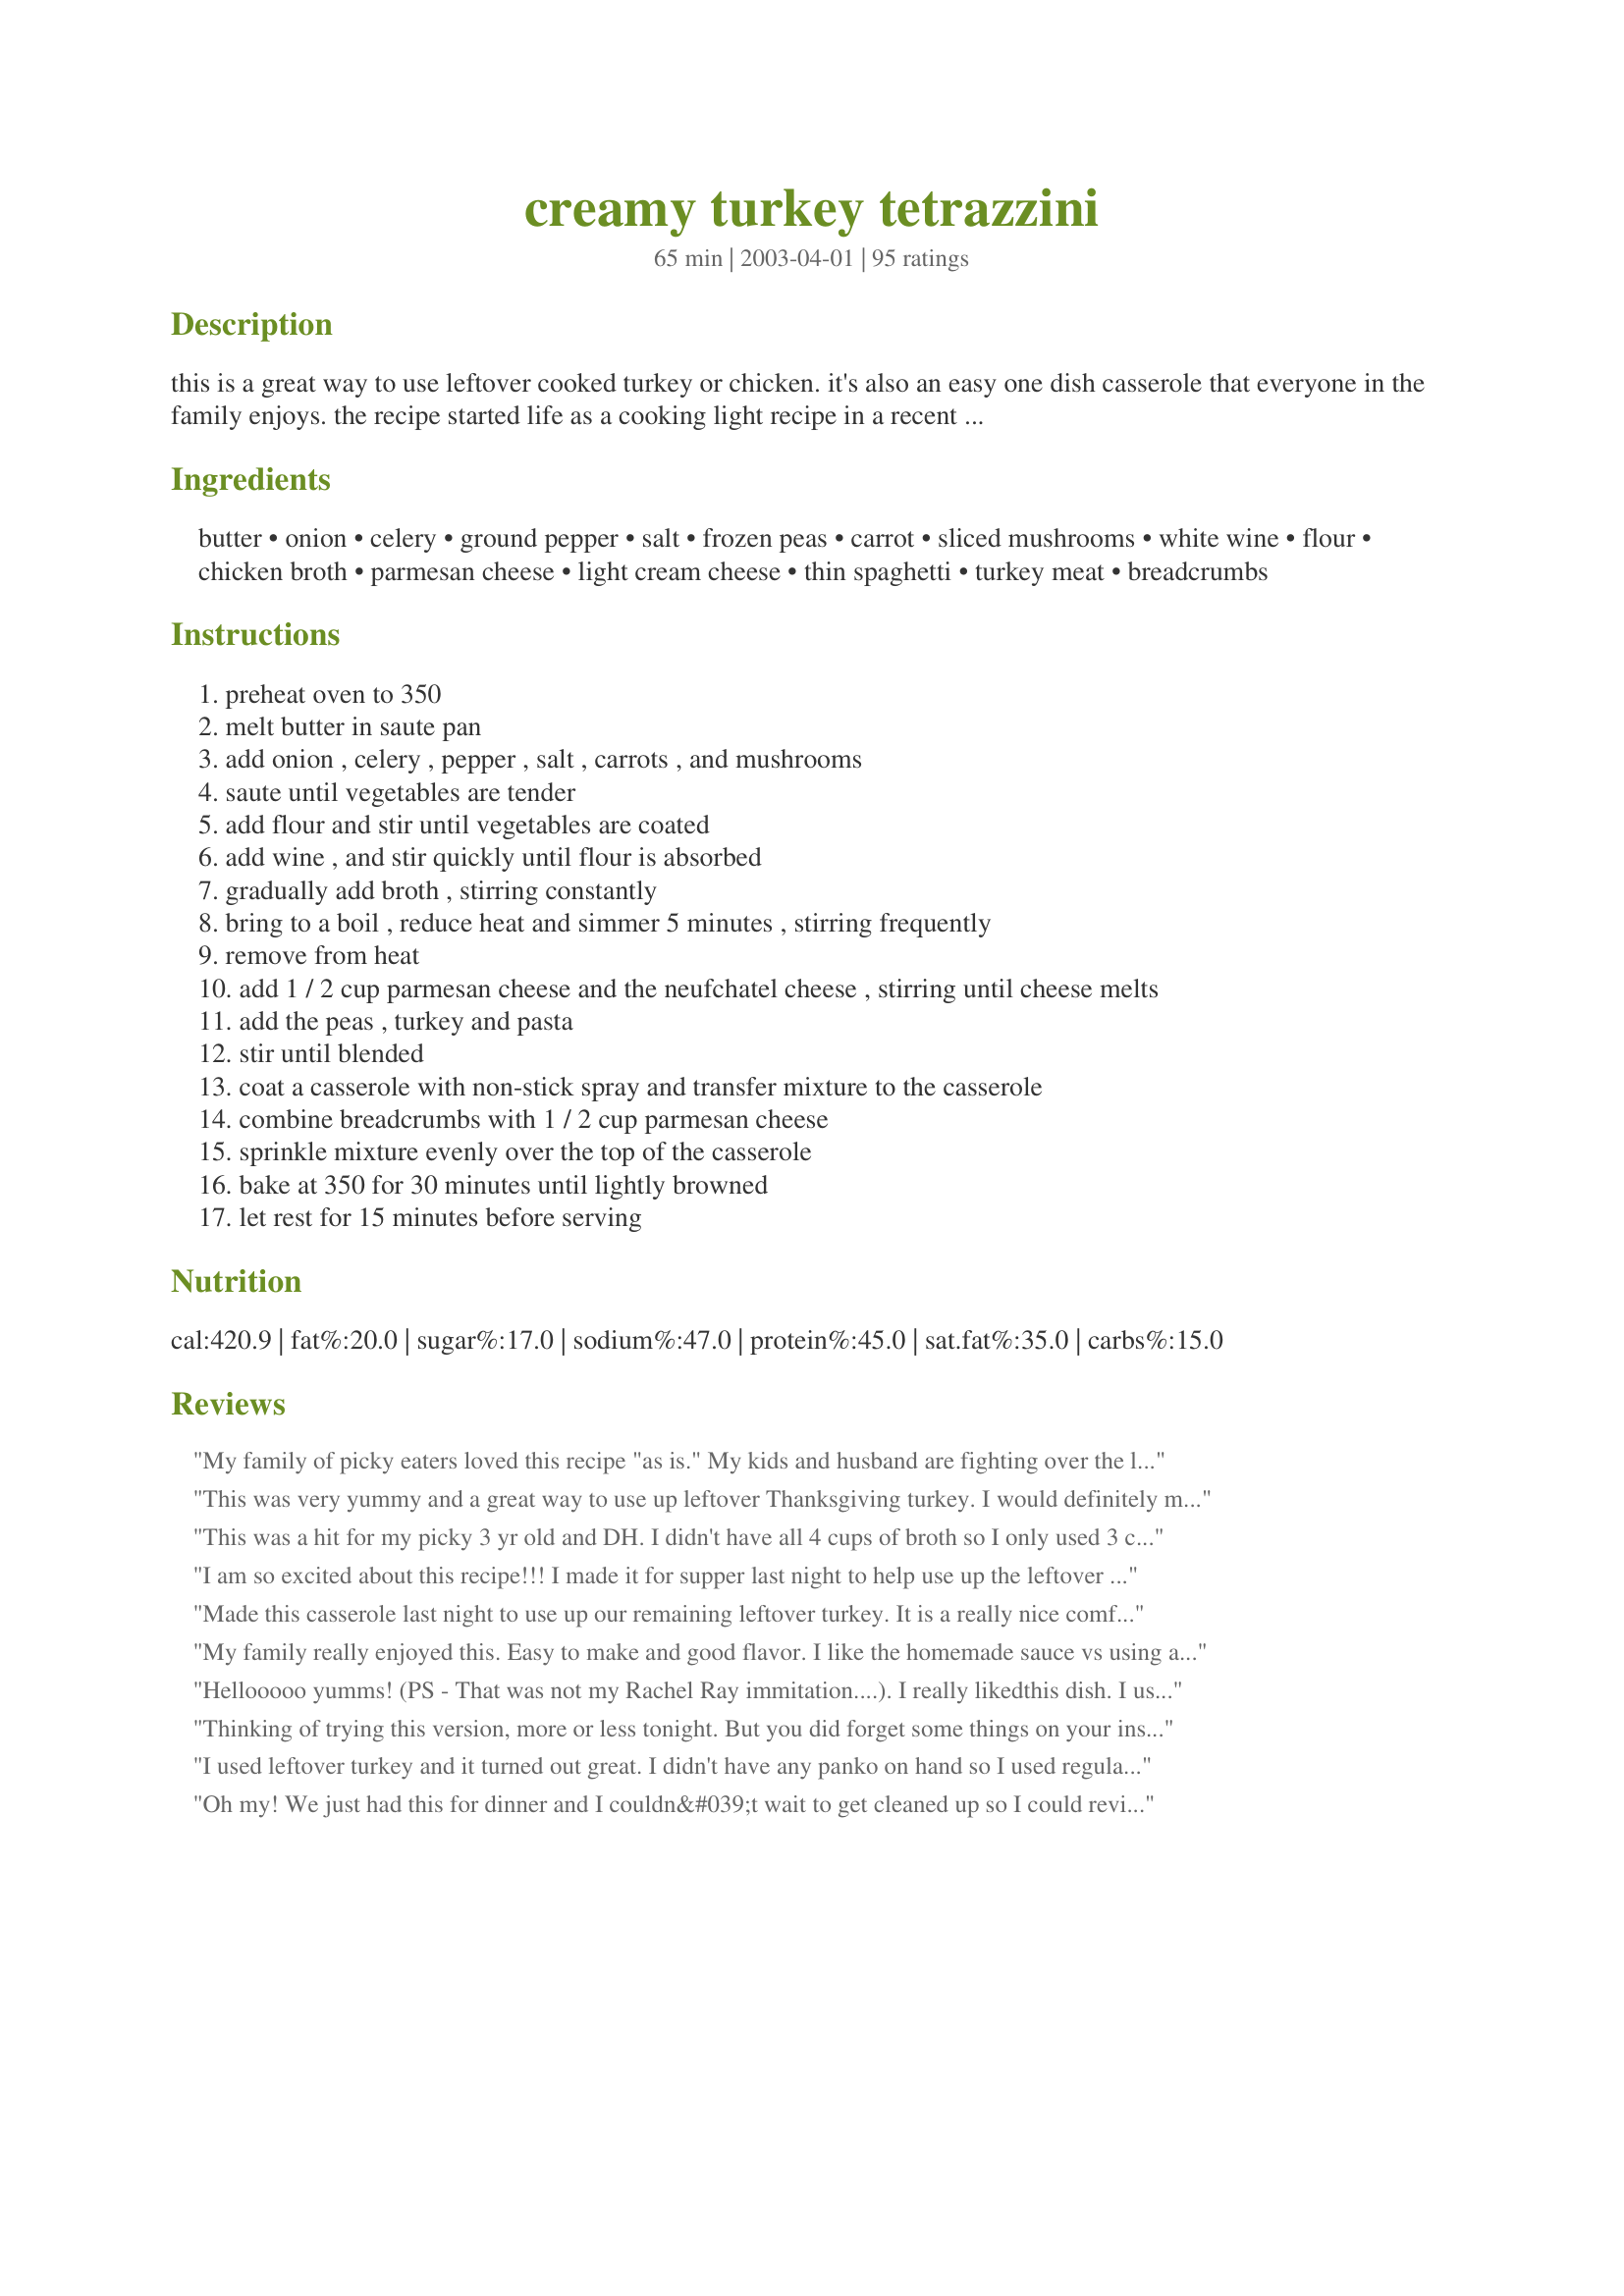
creamy turkey tetrazzini
Preparation time: 65 minutes

this is a great way to use leftover cooked turkey or chicken. it's also an easy one dish casserole that everyone in the family enjoys. the recipe started life as a cooking light recipe in a recent issue. i made modifications to suit our taste.

Ingredients:
butter, onion, celery, ground pepper, salt, frozen peas, carrot, sliced mushrooms, white wine, flour, chicken broth, parmesan cheese, light cream cheese, thin spaghetti, turkey meat, breadcrumbs

Steps:
preheat oven to 350
melt butter in saute pan
add onion , celery , pepper , salt , carrots , and mushrooms
saute until vegetables are tender
add flour and stir until vegetables are coated
add wine , and stir quickly until flour is absorbed
gradually add broth , stirring constantly
bring to a boil , reduce heat and simmer 5 minutes , stirring frequently
remove from heat
add 1 / 2 cup parmesan cheese and the neufchatel cheese , stirring until cheese melts
add the peas , turkey and pasta
stir until blended
coat a casserole with non-stick spray and transfer mixture to the casserole
combine breadcrumbs with 1 / 2 cup parmesan cheese
sprinkle mixture evenly over the top of the casserole
bake at 350 for 30 minutes until lightly browned
let rest for 15 minutes before serving

Reviews:
My family of picky eaters loved this recipe "as is." My kids and husband are fighting over the leftovers.
This was very yummy and a great way to use up leftover Thanksgiving turkey. I would definitely make again.
This was a hit for my picky 3 yr old and DH. I didn't have all 4 cups of broth so I only used 3 cups - still tasty but too thick so next time I will use 4 cups of liquid. Didn't have panko so used Chex cereal instead. Very tasty!
I am so excited about this recipe!!! I made it for supper last night to help use up the leftover turkey and my husband loved it!! He is a very pickey eater and he requested the leftovers for supper again tonight!! I asked him how many stars he would give it and he said "10 at least" Thank you for this wonderful addition to my collection!! Shortie
Made this casserole last night to use up our remaining leftover turkey. It is a really nice comfort food casserole and it&#039;s easy to make. Loved the bread crumb topping -- it really adds a nice flavor. This casserole makes quite a bit, sooo I&#039;m looking forward to some yummy leftovers.
My family really enjoyed this. Easy to make and good flavor. I like the homemade sauce vs using a canned cream soup.
Hellooooo yumms! (PS - That was not my Rachel Ray immitation....). I really likedthis dish. I used baby bella mushrooms for some added depth and sherry. I am obsessed with panko breadcrumbs, and here they added a perfect texture. I didn't have thin spaghetti, but used my homemade fresh stuff, which was part whole wheat and I thought it was great!
Thinking of trying this version, more or less tonight. But you did forget some things on your instructions. First and foremost, you forgot to add when to start / cook the spaghetti and for how long. Mushrooms should never be optional unless there's allergies involved. You mentioned Neufchatel cheese in your recipe, but it wasn't included in your ingredients unless that was your 4 oz light cream cheese. For the turkey meat do you prefer white or dark?
I used leftover turkey and it turned out great. I didn't have any panko on hand so I used regular bread crumbs. Still good but panko would have been so much better. I think I will add some more parmesan cheese next time, but I'm a cheesaholic:)
Oh my! We just had this for dinner and I couldn&#039;t wait to get cleaned up so I could review! The flavors are just incredible . The prep is long (or have I gotten lazy) but the payoff is worth it. I used 4 small carrots, 2 1/2 cups of turkey meat, and probably 1 1/2 C. of peas and it was still plenty of sauce. At dinner we talked about making this again and putting biscuits on top, something like a pot pie. Like others, I am happy to take the extra steps to avoid the &quot;cream of&quot; soup. Thanks for a wonderful recipe!
So good! The only thing I left out was the mushrooms, and that was just because I did not have any on hand. Will definitely make sure I have them next time.
I had so much leftover Thanksgiving turkey this year didn't know what to do and wanted something more than just soup. I found this turkey recipe and knew this was the one. I had pretty much all I needed except some of the veggies and mushrooms. Once you got started it pretty much fell right into place fairly quickly. Another thing that sold me was the fact that it doesn't use any cream soups in the recipe not that there is anything wrong with cream soups but this way you're making the sauce yourself. I was going to replace the white wine with white grape juice don't ask me why but kind of glad I didn't after all. Still have some turkey left but this one was a real winner thank you for a great Saturday night supper.
Everyone at dinner raved about this but I was a bit disappointed. I found the broth flavor a little overpowering and would cut back on that next time.
I used to have a great turkey tetrazini recipe that has been lost, so had to find another. I only make Tetrazini recipes with sherry and without canned soups. This recipe is an absolute winner. My new "go to". Will cherish it.<br/>Thanks so much for already tweaking the recipe to such perfection. I added a bit more sherry (to taste) but your refinement work on this is a masterpeice. Thanks so much for sharing!
I made double the amount of the recipe for my first time and used white wine. My mother and I loved it. I plan to serve the remainder for Sunday&#039;s meal today. Thisl will probably become my regular turkey leftover meal other than a turkey sandwhich. Thank you.
My husband and sons asked me to make this with our leftover Thanksgiving turkey. I omitted the mushrooms and peas because I didn&#039;t have them but used celery and red onion cause I had one cut up. Angel hair pasta worked well and I added 1/4 cup sherry and 1/4 cup white wine this time. I used 2 cups chicken broth and used my gravy as a sub for the last cup or broth since I had it and I didn&#039;t need it any longer. I used Panko crumbs. Thanks for the recipe!
I'm preparing as of right now, and I noticed you don't say the recipe at what point you added the pasta?
I would have liked a cheesier taste, and I think I put in too much celery.
Awesome recipe. I tweaked it just a little (as I always do), but the base recipe is a great start.
I didn&#039;t have cream cheese, so I substituted sour cream for the cream cheese and cream. I also used French fried onions instead of regular onions.
It was a hit!

Thanks so much. ;o)
Do you have to use wine or sherry. Allergies
Can i do this in a crockpot?
Great recipe. I hate soup in recipes! Used whole grain pasta. Put onion, garlic, 3 carrot and mushrooms in cuisinart. Then proceeded with recipe. During boil with floured veg, I added broccoli florets. No peas. Use a high quality parm shred. It will make a lot of difference!
A really delicious way to use up leftovers. It took me a little longer than expected, about 2 hours, and I was a little worried by the soupy texture before putting it in the oven but it turned out great! I added a few additional things - red bell peppers and thyme with the veggie mixture, about 1/4 cup hot sauce for some heat, and also sprinkled paprika over the cheese/breadcrumb mixture for an additional kick. Came out creamy and complex-tasting - yum! Thanks for the recipe!
The perfect Thanksgiving leftover meal! My 9yo and 7yo boys never loved a casserole until this one. We will remake often!
Followed the recipe to a &quot;t&quot; and it was sooo good! Used Thanksgiving left over meat, broth, prepped veggies and dry sherry. Husband is NOT a fan of these types of casseroles but devoured this one in short order. Thank you PanNan! Will find more excuses to cook turkey more often.
Because of your recipe my husband is accusing me of trying to poison him 19 years ago. You see I once made Turkey Tetrazzini shortly before we got married and that meal is still infamous. He said he liked it, but I didn't so I never made it again. However about 10 years later, he told me it was horrid. So when I finally got up the nerve to try your recipe I didn't tell him what it was until after he said he liked it. He insisted that either this wasn't turkey tetrazzini or I must have been trying to poison him years ago.

I made the recipe as written, using sherry instead of white wine and using mushrooms. This is definitely a keeper. Thanks for helping me rehabilitate my reputation. hehehe
Very easy & quick dish for a busy night. I will use less cream cheese next time & sherry instead of white wine.
Great way to use up some of that leftover turkey. I did use linguine in place of the thin spaghetti as thats all I had on hand, other then that I followed your recipe exactly. It tasted great and my DH even said it tasted better then he thought it would have. Thanks for a keeper PanNan....
This was a great way to use leftovers from Thanksgiving! I had the onion, celery and carrots leftover, I used leftover turkey, homemade broth I just made from my turkey carcass, some wine (also leftover) and leftover stuffing in place of the breadcrumbs on top. Yum! Thanks!
I didn't put the cheese in nor did I use the breadcrumbs and it turned out great! I let the "pot" simmer with the pasta until the sauce was absorbed and then served it "as is". I omitted the carrots and peas, but added the mushrooms and it was tasty. So easy!
Thank you for posting. I made this last night with leftover Xmas turkey. It was really good, the kiddos ate it as well!
Thanks again,
Wonderful! I had no cream cheese so used about a cup of low-fat ricotta. I absolutely used the mushrooms! With a salad, it makes a yummy, easy meal. I think it&#039;s become our post-Thanksgiving comfort food!
I just finished mine and it totally Delious....OMG!!! SO GOOD!! I mixed a little Asiago cheese with the topping.
This was rather good, and an excellent use of holiday leftovers. I think the sherry and the cream cheese really made this special. Easy, clear instructions, and very tasty. I have enough for 8 servings.
I made this gluten free by using gf penne and cassava flour. I undercooked the gluten-free noodles at seven minutes this works well. I also use the cassava flour successfully.
Never made turkey tetrazzini before, but this was delicious! Perfect for the (frozen) Thanksgiving leftovers. Didn't change anything, and did use the mushrooms.
Great recipe! Was wonderful to use up the turkey leftovers. Didn't have mushrooms or cream cheese, but would definitely like to try them. I substituted laughing cow light swiss and some grated cheddar. Also doubled the veggies and added green bell pepper. My husband liked it too!
I admit, I had ulterior motives for making this. DH was in the doghouse and I decided that I wanted Turkey Tetrazzini. I've never made it before b/c he doesn't like it but since he was in the doghouse... pfffft on him! I added canned mushrooms including the juice, used red wine (merlot) instead of white because that's what I had. I also added a bit of dijon mustard to the simmering sauce. It was incredibly easy to make and even dh said it was OK. Coming from him, that means it was pretty good. I liked it alot. I think I will have to wait til he's in the doghouse again to make it, but it's definitely a good recipe. It was nice to find one that doesn't use cream soup.
My family raved about it! Delicious! They wanted it again 2 nights later! Zipped it up a bit with some diced chiles this time!
This is so, so good! I could eat the leftovers for every meal for days and not be sick of it. It's a great use for leftover poultry and very easy. I liked how clear the instructions are.

I didn't have any light cream cheese and used 3 oz. regular cream cheese instead.

I also increased the amounts on all of the veggies to about 1 cup each (didn't use mushrooms at all). I shredded the carrots and added them at the same times as the peas and turkey.

The casserole was a bit thinner than I usually like and I think it was because of the extra veggies so next time, I will reduce the broth by about 1/2 cup. I will also make it with light cc and see how it turns out. I'm sure it will be great.
Awesome recipe!! I just substituted with 100% whole wheat pasta.
This was really great. I was looking for a tetrazzini recipe that did not include canned cream soup or processed cheese, but DID include some sherry. I can only give the actual recipe 4 stars because I did have to make a few adjustments due to what I had on hand. First, I used fettuccini noodles instead of spaghetti. Also, I did not have any mushrooms or carrots, so threw in a drained can of green beans instead. No cream cheese on hand, so used 1/2 c mozzarella and 1/4 c sour cream instead. I boiled 3 turkey wings from Thanksgiving (we had a fried turkey and a roasted one!) and was able to de-bone most of the meat I needed. I did not add the breadcrumb/parmesan cheese topping as a personal preference, but will probably include this the next time. As it was, some of the noodles on top were too crunchy, and the topping probably helps with that. I also added some freshly grated nutmeg and a bit more sherry when the sauce was done simmering. Next time, I will definitly use mushrooms and cream cheese. Overall a really great recipe. I will replace my canned soup/processed cheese recipe for this one. Thanks so much!!
Made this last night. Added 2 diced Garlic gloves and chopped leaves from 3 Tarragon stems. Everyone loved it! Will make this a keeper recipe.
If I make this again, I would definitely add some more spices. It was pretty bland.
Such a great recipe! I had to feed a large crowd last night and this turned out great. Had rave reviews and people had 2nds. Just realized I forgot to put the mushrooms in but didn't really miss them. This will be a repeat for sure!
Good combination of veggies, left over turkey and whole wheat pasta in a creamy sauce.
I've had a taste for Tetrazzini and this was the first recipe to pop up. I chose it because my husband is a picky eater and doesn't like a lot of veggies, different spices, etc., so this seemed like a good compromise. I love the velvety texture with no heavy cream or tons of butter. A+ in my book!
Outstanding recipe!!! I will make it again. The recipe is perfect. I didn't &quot;tweak&quot; a thing! I love a great recipe where there is no canned or processed ingredients.
I was able make this using ingredients on hand, making a couple of substitutions to the recipe. I replaced the spaghetti with egg noodles (which I pre-boiled for half the recommended time), and used sour cream in place of cream cheese. I also added a bit of fresh grated nutmeg, but otherwise followed the recipe including mushrooms. It was really really good.
I made this last night and it was great. I just added one clove of garlic, but otherwise followed the recipe exactly. Next time I would add 8 oz of cream cheese. It was great since it doesn't have the butter and heavy cream of most tetrazzini recipes.
I made this dish a few nights ago, and it was delicious. I didn't have turkey, so I used the meat from a store-bought rotisserie chicken. I thought this dish might be a little bland, but it wasn't. The white wine and parmesan cheese added a nice flavor. It's a great comfort food dish, and I bet kids would really love it.
What do you make when you STILL have leftover turkey from Thanksgiving? You make Tetrazzini of course! I had made this years ago but lost the recipe, so thank you for posting this! Yes it&#039;s a lot of steps and ingredients, but trust me your result will be amazing!
Followed directions and measurements s written. Used the white wine instead of sherry, and low sodium chicken broth to cut the salt. USE the mushrooms because they make the dish and definitely panko bread crumbs instead of regular, will really give the topping a nice crunch. My husband had three helpings, so this was well worth making and will again!
Yummy comfort food and excellent use for Thanksgiving leftovers. I prepared the carrots and peas as a side dish, and not as part of the casserole. I don't care for the flavor that cooked peas sometimes give the other foods. Otherwise, I followed the recipe exactly and came away with a hearty meal. We served a tossed salad as a side and enjoyed it very much.
I made this for my mum and she absolutely loved it. Excellent recipe, I'll use it again, thank you!
To die for delicious. I just cook for me, so I used a 9 x 6-1/4 casserole dish. I winged it with amounts. One thing I don&#039;t think it needed with the larger baking dish was 1/2 cup of flour. I only used 2 tbsp (whole wheat) and mine thickened perfectly. I think 3 Tbsp. would have worked perfectly for the 9 x 12. Along with the whole wheat flour, I used no salt added stock (16 oz.), a little dry white wine (I use vermouth), and added more pepper, a little fresh parsley and dried tarragon, and I used whole wheat linguine. Can&#039;t wait to have it again tonight. This will be my go-to recipe for tetrazzini from now on.
Great recipe. My family liked it better with chicken than turkey. For a gluten-free version, I used gluten-free spaghetti, 1/4 cup cornstarch instead of flour and added extra Parmesan cheese to the top instead of breadcrumbs.
I really enjoyed this dish. It got great reveiws from my family as well. One thing I was confused about was that the recipie didn't call for cooked pasta. So I used dry. I had a problem with the pasta sticking together in the casserole, but it did cook fully and separated fine when stirred. Flavor was fantastic!
Delicious! I liked that this recipe doesn&#039;t use any canned condensed soup. The only reason I&#039;m giving it 4 and not 5 stars is because I cut the broth amount in half which made it easy to cut into and serve with a spatula without making a sloppy mess.
Would add spices——basil, oregano, thyme—-to give it a little zing. Also maybe up the Parmesan.
Oh, this is very good! It is my first time having tetrazzini and I loved it. I checked all of the Zaar postings for tetrazzini and I chose yours PanNan, because I have made many of your dishes and they are always delicious so I knew you would not let me down. I did have to substitute the wine to Merlot so I cut it back to 1/4 C and added 1/4C broth to dilute it a bit. I will definitely make this again. Thx for another great one!
This is excellent! I traded out the carrot for red bell..used a dry white wine..added a little more pasta, added the mushrooms, and topped with cheese instead of breadcrumbs. The recipe was in tact..and outstanding! Thank you!
Outstanding!! I served this to company last night and everyone seemed to enjoy it.
Actually, the recipe does state very clearly that the spaghetti noodles should be cooked. Don't understand the confusion about that.
Will definitely make this again. Thank you for sharing.
Oh BABY this is soooooooo GOOD! I followed the recipe to a "T" using wine (and the optional mushrooms). Great flavor and wonderfully cream. As tetrazzini recipes go, this is fairly healthy because it's creamy w/o using half & half or cream. Thanks a bunch PanNan, it's a keeper.
I had high hopes for this recipe in light of all the positive reviews, however we found this recipe very bland. Will not be making again. I followed the recipe exactly but I suppose it just wasn't to our tastes.
I did something a little weird with this recipe, which I don't normally do, but since we had some many leftovers from Thanksgiving I substituted about 2 cups stuffing for the pasta and reduced the chicken broth to 2 cups. It was pretty good and definitely interesting!
oooohhhh mmmmyyyyyyy..... i just made this for supper, using up some of the Thanksgiving leftovers. Thanks for a new recipe for turkey day part 2 = ) I TRULY have never had such yummy 'leftovers' in my life! It reminded me of one of those fancy store-bought frozen pies, only with a lot more flavor and nothing added that I can't pronounce! lol I added thyme, but otherwise followed the directions, adding the mushrooms too. The recipe made a boatload, so i will probably cut it in half next time and also cut back on the broth as well so it isn't as runny. Thanks again Nan!
I don't have a review because I am just getting ready to make this. I want to know if the Parmesan cheese is grated or shredded as it is not specified in the recipe. Thanks.
This turned out great! I followed the recipe with only two alterations: I used 10oz. Of Reames frozen egg noodles instead of spaghetti. I added 1/4 cup creme fraiche and an extra 1/4 cup wine. So. Good. The turkey tetrazzini that inspired me to try to make it at home had delicious, fat, egg noodles. So I decided to try the frozen ones because I always wondered about them. The creme fraiche and extra wine went in because I was worried the egg noodles would absorb more liquid and I had both on hand. It turned out excellent, a keeper for sure! It was on the menu today to use up the last of the Thanksgiving turkey - but I will make this in the future with chicken now too! Thank you for the great recipe!
I will definitely make this recipe again. The absence of condensed soup was not missed as the sauce was creamy and the broth added plenty of flavor. Modifications--omitted peas (family preference) and substituted sauteed chopped kale. Just added a bit of italian seasoning w/the panko and parm at the end. Terrific!
FANTASTIC!! This is the perfect starter recipe for Turkey Tetrazini! It will now be my go-to recipe! Not sure why my pictures always end up upside down?
This is a very good recipe. I had been using another recipe for some time and thought I would try another. This takes more time than my old recipe but it's worth it. I used sherry (that's what I had on hand) instead of white wine. Next time I'll try the wine.
This is a great recipe! I have always made this dish with cheddar cheese, but this was excellent without. Cooking is my hobby, this will remain a constant recipe with our home.
I started this recipe assuming I'd have all the ingredients on hand, but I didn't. I had to substitute vegetable broth, dried onion flakes, ramen noodles and asiago cheese, and did not use mushrooms. I served it with a salad. Despite all the changes, it was a hit! The kids loved it; my husband thought it was a bit bland, so he added red pepper flakes. I added a bit more pepper. Very good!
I made this with a lot of changes (picky husband). I didn't use any vegetables except onion and red bell pepper. I used vegetable flavored low-fat cream cheese and didn't remember the breadcrumbs. Anyway, it was delicious. I also used the spiral pasta noodles. I will make this again tonight and freeze it for busy days this month! Thanks for the recipe!
My Dh was enamored of this recipe as well. Apparently it's a real man pleaser. I subbed cheddar cheese for the neufchatel as that's what I had on hand. Everything came together as promised. I would recommend breaking the spaghetti up into 2" pieces in order to separate it and get it thoroughly mixed into the sauce without its sticking together in clumps. Thanks for making Dh a happy man, PanNan.
This was excellent! I just realized that I used a 16 oz box of angel hair pasta--when the directions called for 8!! It was FINE! I can see how it would have been creamier--but what I made was very flavorful and delicious. It's a very pretty dish, also, the carrots, peas, and celery all lend beautiful color. I didn't use mushrooms, because of a guest's preference, but I'd like to try it again with them. I think I would still increase the pasta from 8 oz. to 12 oz for sure.<br/>12/2012-this time added the mushrooms and used leftover smoked turkey. Oh my gosh--unbelievably good!! I, too, am so glad to have a recipe without cream soup (canned).<br/>btw...with the 16 oz. box of anglehair pasta, we had 9 maybe 10 servings.
This was excellent! I made it using leftover rotisserie chicken and I'm looking forward to making it with leftover turkey after Thanksgiving. I was actually able to make it using gluten-free ingredients too and I'm so happy that it is completely from scratch and does not use any cream soup. 2018 Update: Made this again and it was still so creamy and delicious!
Delucious! A new favorite in our house. I will definitely make again.
I followed the recipe to the letter with the exception of the peas... (yuck). It was very good. I used a pinot grigio at the suggestion of the liquor clerk. When I added the noodles to the sauce I thought it was way too runny but it turned out to be the perfect consistency when baked. I used vermicelli noodles (which I interpreted as thin spaghetti). I thought the dish needed a more substantial pasta. I will try linguine next time. I used shredded parm... was fine for the sauce, but when mixed on the top with the bread crumbs, it browned very quickly. It tasted fine, but looked a little off. I will use grated next time.
Happy to find such a great from-scratch recipe. It was delicious. In the future, I&#039;ll probably add more turkey and perhaps a little heat (paprika?).
Neufchatel cheese is mentioned but not in the ingredients list.&quot;Add 1/2 cup Parmesan cheese and the Neufchatel cheese, stirring until cheese melts.&quot;
Very good - I added more turkey than called for an there was plenty of sauce. This one's a keeper!
This was delicious! I used leftover turkey from thanksgiving, cut up my own carrots, used homemade turkey broth, low fat cream cheese and panko breadcrumbs. My boyfriend said he wants this all the time! Thanks for sharing.
Great recipe. I've never had tetrazini before, so I don't know if this lower-cal version is authentic, but my partner has and apparently it's close enough. I did end up using Greek yogurt instead of the cream cheese to cut down on the calories, and it worked great.
What a great use for my leftover Thanksgiving turkey and stock made from the carcass. I used white wine and left out the mushrooms due to a picky eater. We thoroughly enjoyed this. Thanks for sharing.
DELISH... the SHerry takes it to a new level! ... and fresh Parmesan! Should freeze well correct? Hope so!! Anyone?
I made this for dinner today. I did cook the pasta in advance. It is a very delicious and filling meal. I love the flavors. I cooked one casserole and kept the other for one night next week. It is delicious. Please try this one.
This was wonderful and easy. My husband raved over this dish. Perfect for that leftover turkey. Thank you for posting.
Wonderful! Cut the recipe in half and turned out great. Even reheats well. Thanks for the recipe!
Delicious casserole! I followed the recipe pretty closely. Minor changes: Turned leftover stuffing into bread crumbs in my food processor for the topping and added a can of cannellini beans for extra texture and fiber. I realized later I forgot to add the parmesan; didn't miss it but I'm sure that would've been great. I used sauvignon blanc and will use sherry next time as I missed that distinctive flavor. Super alongside a green salad. Thanks for posting!
I loved this so much! I used fettuccine noodles instead of spaghetti because they are my favorite and I doubled the batch because I have 9 people to serve, also I didn't have any mushrooms left because they had already been used in the thanksgiving stuffing but the recipe was still amazing without them, I am sure it would have been awesome with them as well. I Broiled the top of mine at the end for a couple minutes for that extra crunch effect on the bread crumb mixture. So good, even my little kids loved it which is hard to do. ~Kar
PanNan, this is a delicious casserole! Of coarse, I did add fresh mushrooms, and used diced turkey breast that I had cooked and frozen in my freezer. I left out the carrots, as I did not have any. We will be having this for dinner tonight with a salad. I have already had a taste of it and can tell you that I will be making this again, it is delicious! Thank you for sharing!...Kitten:)
Made this tonight with whole wheat bow tie pasta, white wine, and some homemade turkey broth. I used frozen mixed peas and carrots instead of fresh carrots. I also added garlic because we love it. Yummy. Thanks for posting.
Awesome and so flavorful! Such a nice change from the usual cream of mushroom soup style. I think I'd make one change next time and just use 1/3 cup sherry. My husband thought it was perfect, but I thought it was just a touch too much. We used buttered cracker crumbs on top. Thanks so much!
This was delicious. Made it with poached chicken breasts and followed the recipe as posted. I think i used a wee bit too much pasta but added extra chicken stock to balance it out. Will definitely make this again. Chicken, turkey or even tuna would be good.
